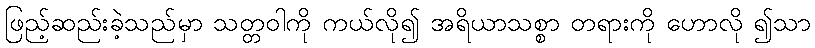
ဖြည့်ဆည်းခဲ့သည်မှာ သတ္တဝါကို ကယ်လို၍ အရိယာသစ္စာ တရားကို ဟောလို ၍သာ